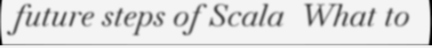
future steps of Scala  What to